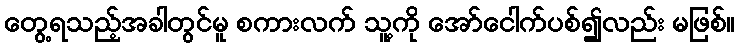
တွေ့ရသည့်အခါတွင်မူ စကားလက် သူ့ကို အော်ငေါက်ပစ်၍လည်း မဖြစ်။